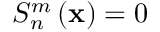
S _ { n } ^ { m } \left( \mathbf { x } \right) = 0